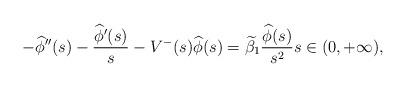
LaTeX: \begin{align*}-\widehat{\phi}''(s)-\frac{\widehat{\phi}'(s)}{s}-V^-(s)\widehat{\phi}(s)=\widetilde\beta_1\frac{\widehat{\phi}(s)}{s^2}s\in(0,+\infty),\end{align*}